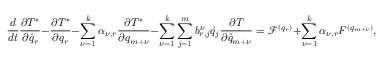
\frac { d } { d t } \frac { \partial T ^ { * } } { \partial { \dot { q } } _ { r } } - \frac { \partial T ^ { * } } { \partial q _ { r } } - \sum _ { \nu = 1 } ^ { k } \alpha _ { \nu , r } \frac { \partial T ^ { * } } { \partial q _ { m + \nu } } - \sum _ { \nu = 1 } ^ { k } \sum _ { j = 1 } ^ { m } b _ { r , j } ^ { \nu } { \dot { q } } _ { j } \frac { \partial T } { \partial { \dot { q } } _ { m + \nu } } = { \mathcal F } ^ { ( q _ { r } ) } + \sum _ { \nu = 1 } ^ { k } \alpha _ { \nu , r } { \cal F } ^ { ( q _ { m + \nu } ) } , \quad r = 1 , \dots , m